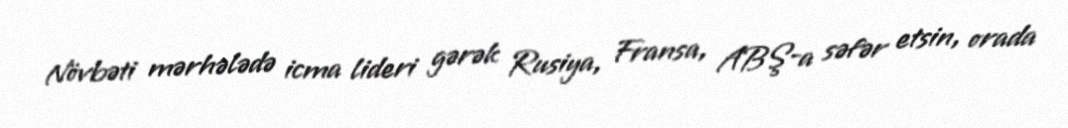
Növbəti mərhələdə icma lideri gərək Rusiya, Fransa, ABŞ-a səfər etsin, orada